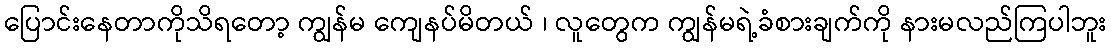
ပြောင်းနေတာကိုသိရတော့ ကျွန်မ ကျေနပ်မိတယ် ၊ လူတွေက ကျွန်မရဲ့ခံစားချက်ကို နားမလည်ကြပါဘူး